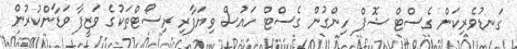
ގަނޑުވެރިކަން ގެސްޓް ޝޮޕް ހިންގުން ގެސްޓް ހައުސް ވިޔަފާރި ރިސޯޓްތަކުގެ ވަޒީފާ ވަޑާންކުރުން